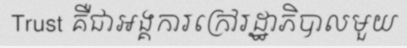
Trust គឺជាអង្គការក្រៅរដ្ឋាភិបាលមួយ